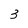
Character: 3